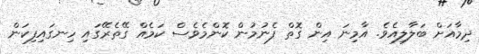
ދިމާއަށް ބަލާލިއެވެ. އާމިނަ އިން ގޮތް ފެނުމުން ކޮންމެވެސް ކަމެއް ގޭތެރޭގައި ހިނގައިފިކަން